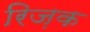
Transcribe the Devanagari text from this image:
रिज़क